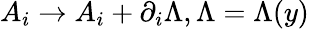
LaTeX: A_{i}\to A_{i}+\partial_{i}\Lambda,\Lambda=\Lambda(y)